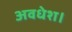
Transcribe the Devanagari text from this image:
अवधेश।